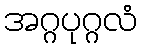
အဂ္ဂပုဂ္ဂလံ